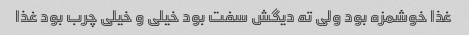
غذا خوشمزه بود ولی ته دیگش سفت بود خیلی و خیلی چرب بود غذا